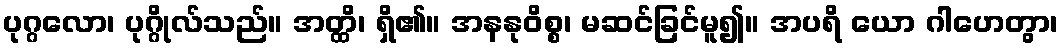
ပုဂ္ဂလော၊ ပုဂ္ဂိုလ်သည်။ အတ္ထိ၊ ရှိ၏။ အနနုဝိစ္စ၊ မဆင်ခြင်မူ၍။ အပရိ ယော ဂါဟေတွာ၊